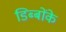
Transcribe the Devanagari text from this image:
डिब्बोंके